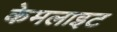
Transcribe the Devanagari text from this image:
केमलाइट